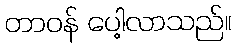
တာဝန် ပေါ့လာသည်။